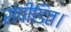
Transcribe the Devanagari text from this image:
संपीडित।